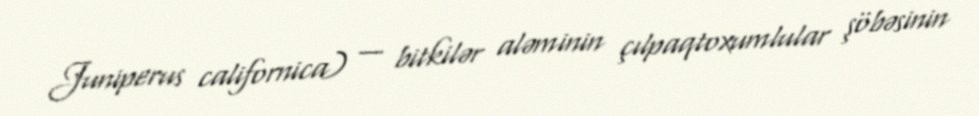
Juniperus californica) — bitkilər aləminin çılpaqtoxumlular şöbəsinin